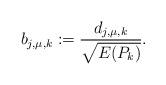
LaTeX: \begin{align*}b_{j,\mu ,k}:=\frac{d_{j,\mu , k}}{\sqrt{E(P_{ k})}}. \end{align*}